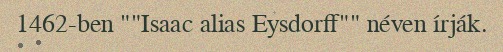
1462-ben ""Isaac alias Eysdorff"" néven írják.